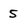
Character: 5